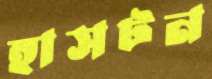
হাসটন